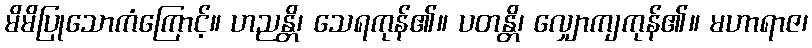
မိမိပြုသောကံကြောင့်။ ဟညန္တိ၊ သေရကုန်၏။ ပတန္တိ၊ လျှောကျကုန်၏။ မဟာရာဇ၊